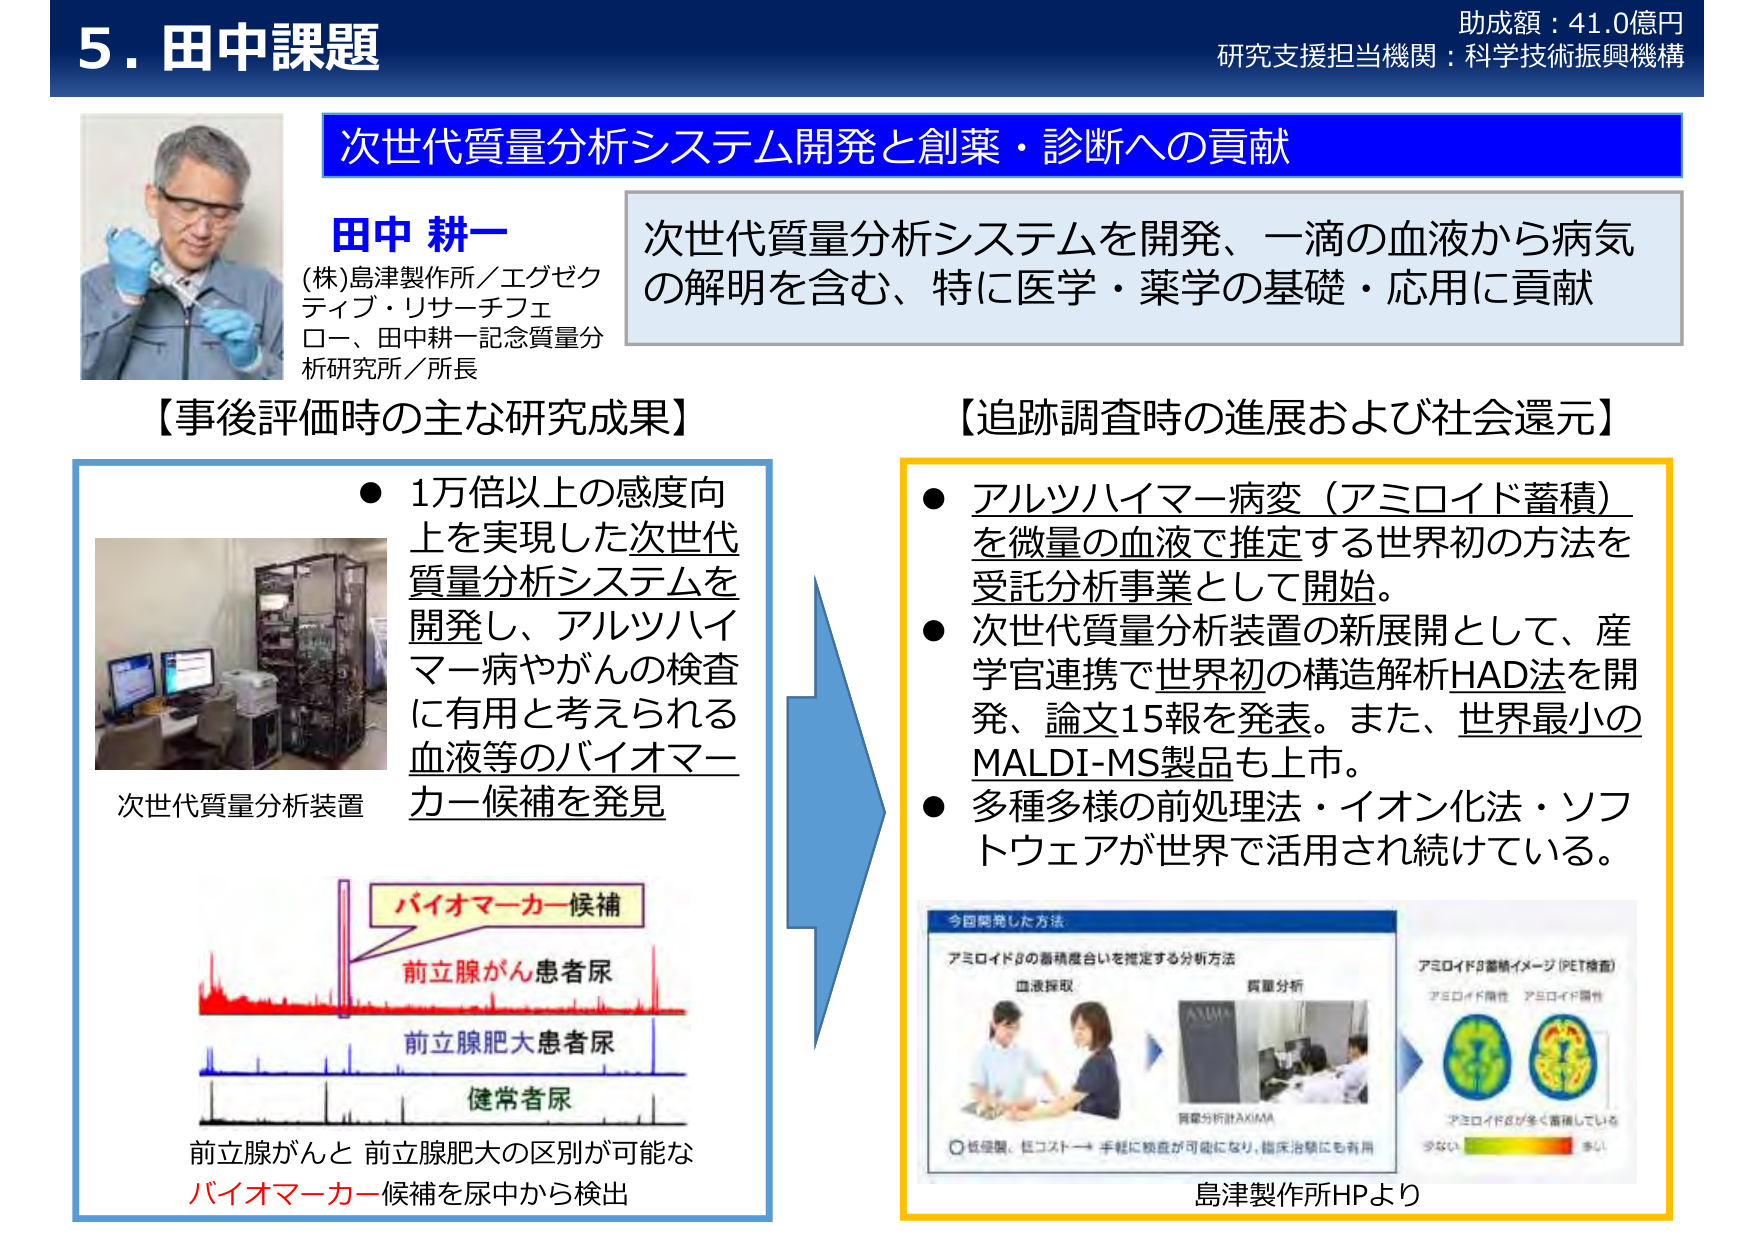
5. 田中課題
助成額：41.0億円
研究支援担当機関：科学技術振興機構

次世代質量分析システム開発と創薬・診断への貢献

田中 耕一
(株)島津製作所／エグゼクティブ・リサーチフェロー、田中耕一記念質量分析研究所／所長

次世代質量分析システムを開発、一滴の血液から病気の解明を含む、特に医学・薬学の基礎・応用に貢献

【事後評価時の主な研究成果】
● 1万倍以上の感度向上を実現した次世代質量分析システムを開発し、アルツハイマー病やがんの検査に有用と考えられる血液等のバイオマーカー候補を発見

次世代質量分析装置

バイオマーカー候補
前立腺がん患者尿
前立腺肥大患者尿
健常者尿

前立腺がんと前立腺肥大の区別が可能なバイオマーカー候補を尿中から検出

【追跡調査時の進展および社会還元】
● アルツハイマー病変（アミロイド蓄積）を微量の血液で推定する世界初の方法を受託分析事業として開始。
● 次世代質量分析装置の新展開として、産学官連携で世界初の構造解析HAD法を開発、論文15報を発表。また、世界最小のMALDI-MS製品も上市。
● 多種多様の前処理法・イオン化法・ソフトウェアが世界で活用され続けている。

今回開発した方法
アミロイドβの蓄積度合いを推定する分析方法
血液採取 → 質量分析 → 質量分析計AKIMA
○ 低侵襲、低コスト → 手軽に検査が可能になり、臨床治験にも有用

アミロイドβ蓄積イメージ（PET検査）
アミロイド陰性　アミロイド陽性
アミロイドβが全く蓄積していない　少ない　多い

島津製作所HPより